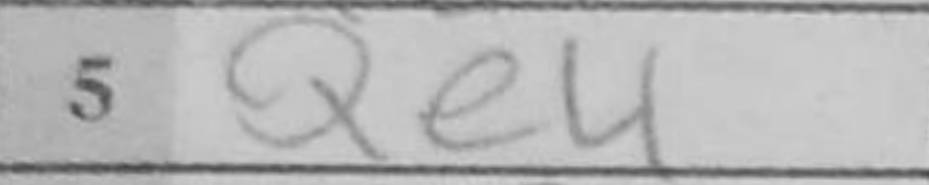
Transcription: Qe4